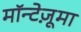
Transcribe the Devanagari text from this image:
मॉन्टेज़ूमा